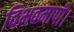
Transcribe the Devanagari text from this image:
विभवमापी।